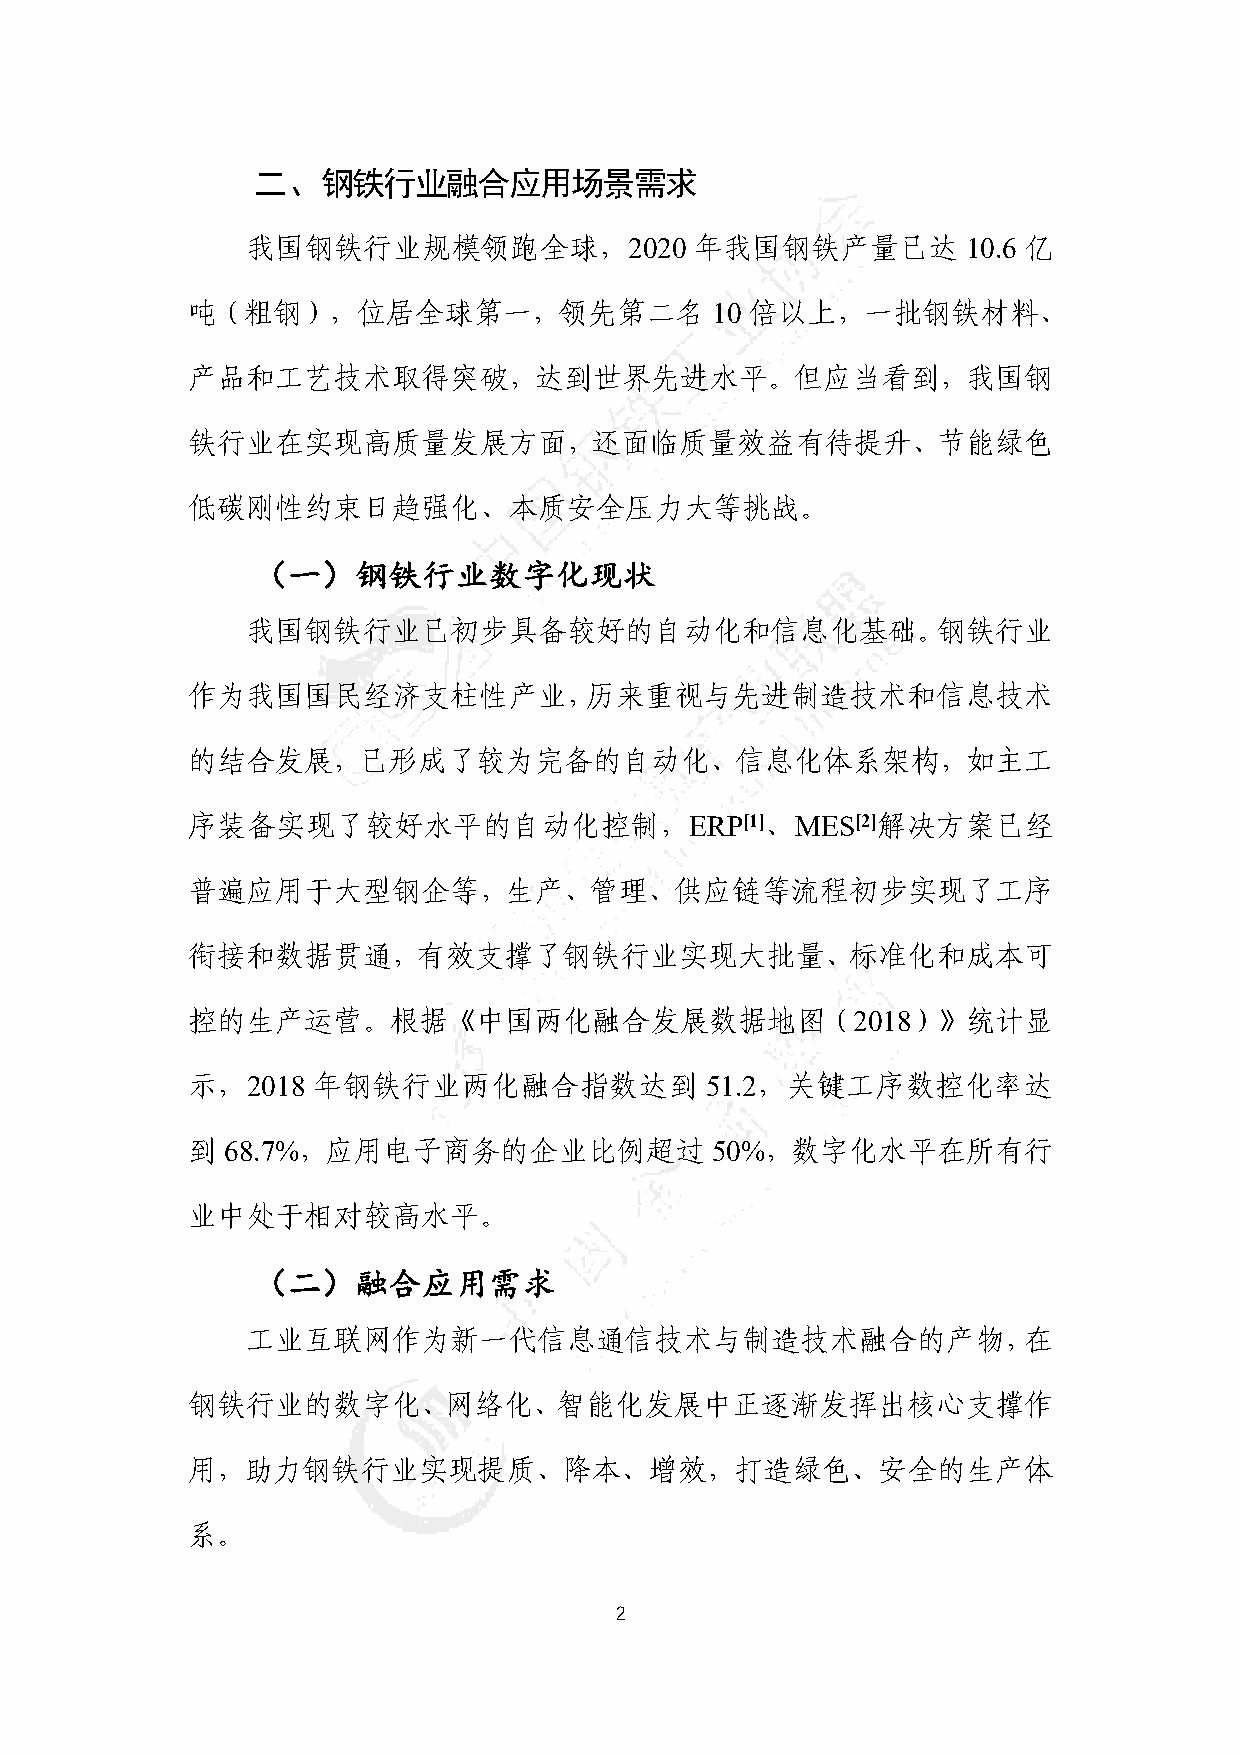
二、钢铁行业融合应用场景需求
 我国钢铁行业规模领跑全球，2020             年我国钢铁产量已达         10.6 亿
 吨（粗钢），位居全球第一，领先第二名                 10 倍以上，一批钢铁材料、
 产品和工艺技术取得突破，达到世界先进水平。但应当看到，我国钢
 铁行业在实现高质量发展方面，还面临质量效益有待提升、节能绿色
 低碳刚性约束日趋强化、本质安全压力大等挑战。
 （一）钢铁行业数字化现状
 我国钢铁行业已初步具备较好的自动化和信息化基础。钢铁行业
 作为我国国民经济支柱性产业，历来重视与先进制造技术和信息技术
 的结合发展，已形成了较为完备的自动化、信息化体系架构，如主工
 序装备实现了较好水平的自动化控制，ERP[1]、MES[2]解决方案已经
 普遍应用于大型钢企等，生产、管理、供应链等流程初步实现了工序
 衔接和数据贯通，有效支撑了钢铁行业实现大批量、标准化和成本可
 控的生产运营。根据《中国两化融合发展数据地图（2018）》统计显
 示，2018   年钢铁行业两化融合指数达到             51.2，关键工序数控化率达
 到  68.7%，应用电子商务的企业比例超过             50%，数字化水平在所有行
 业中处于相对较高水平。
 （二）融合应用需求
 工业互联网作为新一代信息通信技术与制造技术融合的产物，在
 钢铁行业的数字化、网络化、智能化发展中正逐渐发挥出核心支撑作
 用，助力钢铁行业实现提质、降本、增效，打造绿色、安全的生产体
 系。
 2